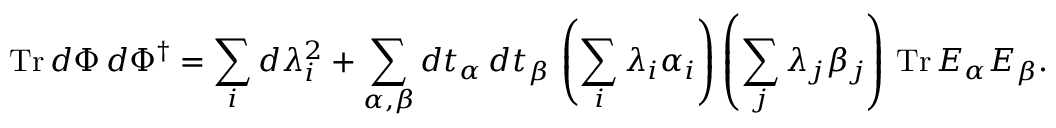
\mathrm { T r } \, d \Phi \, d \Phi ^ { \dagger } = \sum _ { i } d \lambda _ { i } ^ { 2 } + \sum _ { \alpha , \beta } d t _ { \alpha } \, d t _ { \beta } \, \left( \sum _ { i } \lambda _ { i } \alpha _ { i } \right) \left( \sum _ { j } \lambda _ { j } \beta _ { j } \right) \, \mathrm { T r } \, E _ { \alpha } E _ { \beta } .